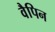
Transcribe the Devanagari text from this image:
वैपिन